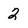
Character: 2